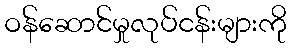
ဝန်ဆောင်မှုလုပ်ငန်းများကို